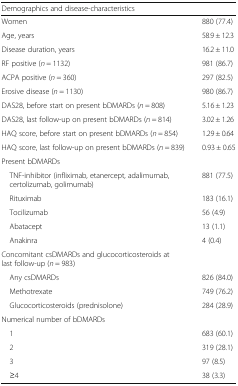
<table><thead><tr><td colspan="2"><b>Demographics and disease-characteristics</b></td></tr></thead><tbody><tr><td>Women</td><td>880 (77.4)</td></tr><tr><td>Age, years</td><td>58.9 ± 12.3</td></tr><tr><td>Disease duration, years</td><td>16.2 ± 11.0</td></tr><tr><td>RF positive (<i>n</i> = 1132)</td><td>981 (86.7)</td></tr><tr><td>ACPA positive (<i>n</i> = 360)</td><td>297 (82.5)</td></tr><tr><td>Erosive disease (<i>n</i> = 1130)</td><td>980 (86.7)</td></tr><tr><td>DAS28, before start on present bDMARDs (<i>n</i> = 808)</td><td>5.16 ± 1.23</td></tr><tr><td>DAS28, last follow-up on present bDMARDs (<i>n</i> = 814)</td><td>3.02 ± 1.26</td></tr><tr><td>HAQ score, before start on present bDMARDs (<i>n</i> = 854)</td><td>1.29 ± 0.64</td></tr><tr><td>HAQ score, last follow-up on present bDMARDs (<i>n</i> = 839)</td><td>0.93 ± 0.65</td></tr><tr><td colspan="2">Present bDMARDs</td></tr><tr><td> TNF-inhibitor (infliximab, etanercept, adalimumab, certolizumab, golimumab)</td><td>881 (77.5)</td></tr><tr><td> Rituximab</td><td>183 (16.1)</td></tr><tr><td> Tocilizumab</td><td>56 (4.9)</td></tr><tr><td> Abatacept</td><td>13 (1.1)</td></tr><tr><td> Anakinra</td><td>4 (0.4)</td></tr><tr><td colspan="2">Concomitant csDMARDs and glucocorticosteroids at last follow-up (<i>n</i> = 983)</td></tr><tr><td> Any csDMARDs</td><td>826 (84.0)</td></tr><tr><td> Methotrexate</td><td>749 (76.2)</td></tr><tr><td> Glucocorticosteroids (prednisolone)</td><td>284 (28.9)</td></tr><tr><td colspan="2">Numerical number of bDMARDs</td></tr><tr><td> 1</td><td>683 (60.1)</td></tr><tr><td> 2</td><td>319 (28.1)</td></tr><tr><td> 3</td><td>97 (8.5)</td></tr><tr><td> ≥4</td><td>38 (3.3)</td></tr></tbody></table>